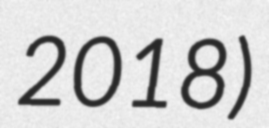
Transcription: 2018)